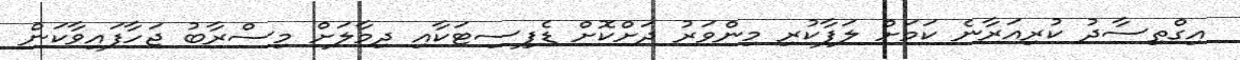
އިގްތިސާދު ކުރިއަރާނެ ކަމަށް ލަފާކުރި މިންވަރު ދަށްކޮށް ޑެފިސިޓަކާއި ދިމާލަށް މިސްރާބު ޖަހާފައިވާކަން